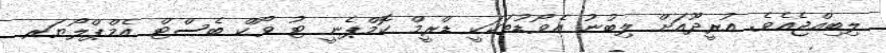
ލިބިއްޖެއެވެ. އުރީދޫއަށް ލިބުނު އެވޯޑުތަކަކީ ޑްރީމް ކޮމްޕެނީ ޓު ވޯކް ބެސްޓް އެމްޕްލޯޔަރ